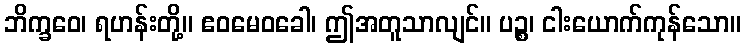
ဘိက္ခဝေ၊ ရဟန်းတို့။ ဧဝမေဝခေါ၊ ဤအတူသာလျင်။ ပဉ္စ၊ ငါးယောက်ကုန်သော။